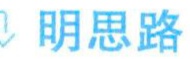
明思路